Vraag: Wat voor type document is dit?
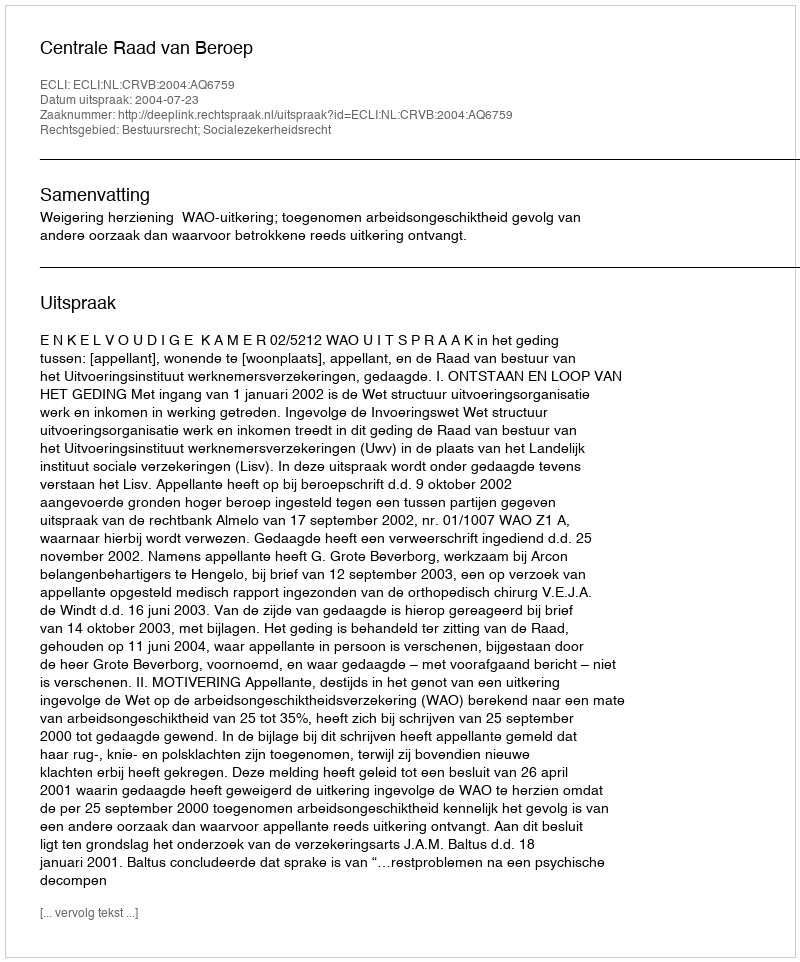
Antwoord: Uitspraak